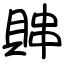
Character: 賗